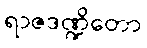
ရာဇဒဏ္ဍိတော